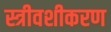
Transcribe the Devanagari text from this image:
स्त्रीवशीकरण